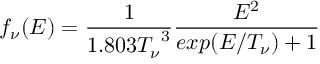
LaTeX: f _ { \nu } ( E ) = { \frac { 1 } { 1 . 8 0 3 { T _ { \nu } } ^ { 3 } } } { \frac { E ^ { 2 } } { e x p ( E / T _ { \nu } ) + 1 } }